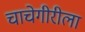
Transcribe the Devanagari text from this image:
चाचेगीरीला